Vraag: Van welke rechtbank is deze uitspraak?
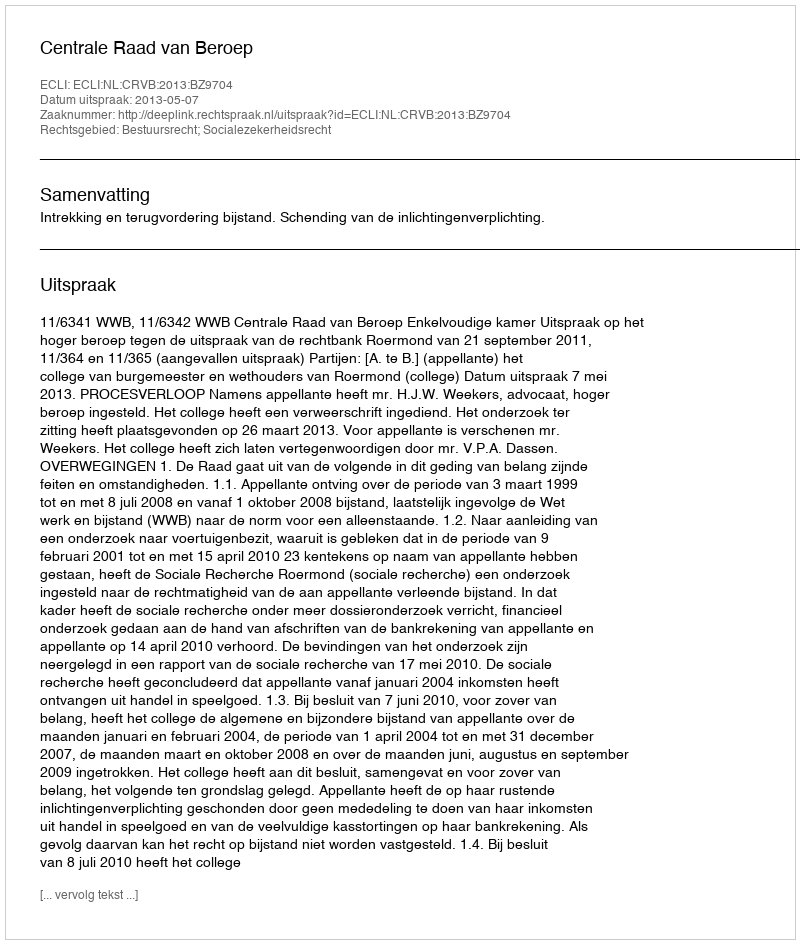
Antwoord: Centrale Raad van Beroep